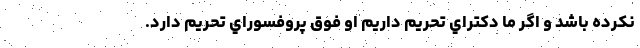
نكرده باشد و اگر ما دكتراي تحريم داريم او فوق پروفسوراي تحريم دارد.